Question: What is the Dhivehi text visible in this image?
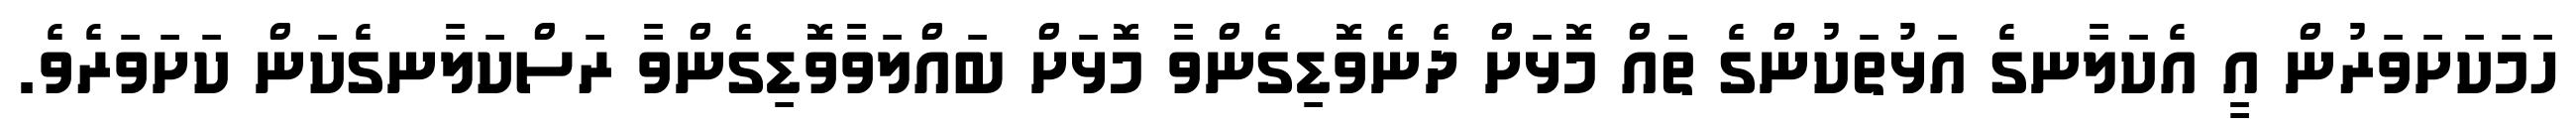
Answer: ހަމަކަށަވަރުން އީ އެކަލާނގެ އަޅުތަކުންގެ ތައް މޮޅަށް ދެނެވޮޑިގެންވާ މޮޅަށް ބައްލަވާވޮޑިގެންވާ ރަސްކަލާނގެކަން ކަށަވަރެވެ.